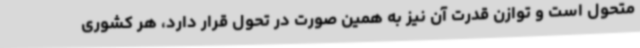
متحول است و توازن قدرت آن نیز به همین صورت در تحول قرار دارد، هر کشوری